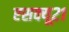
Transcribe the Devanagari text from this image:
एसक्यू२१